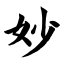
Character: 妙